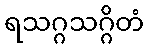
ရသဂ္ဂသဂ္ဂိတံ